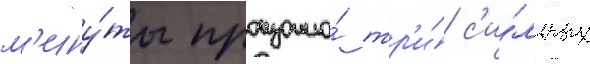
м'ину́ты произошло́ тр'и́ с'и́льных